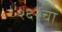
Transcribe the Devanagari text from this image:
२६२चा